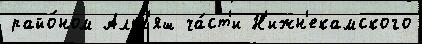
райо́ном Альн'яш ча́ст'и Н'ижн'екамского